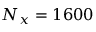
N _ { x } = 1 6 0 0